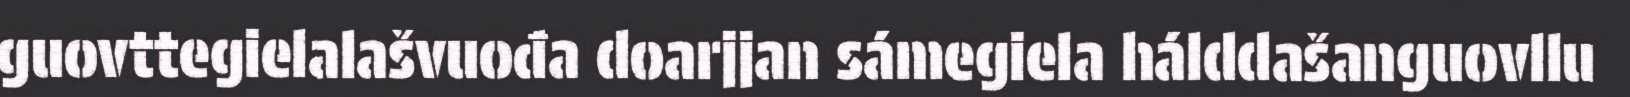
guovttegielalašvuođa doarjjan sámegiela hálddašanguovllu